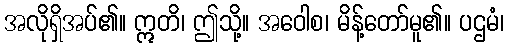
အလိုရှိအပ်၏။ ဣတိ၊ ဤသို့။ အဝေါစ၊ မိန့်တော်မူ၏။ ပဌမံ၊